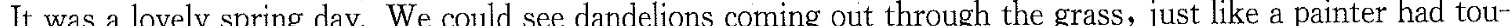
It was a lovely spring day. We could see dandelions coming out through the grass, just like a painter had tou-